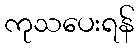
ကုသပေးရန်